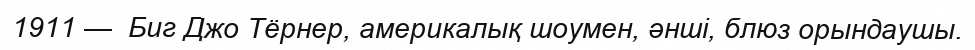
1911 —  Биг Джо Тёрнер, америкалық шоумен, әнші, блюз орындаушы.